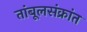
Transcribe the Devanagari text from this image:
तांबूलसंक्रांत